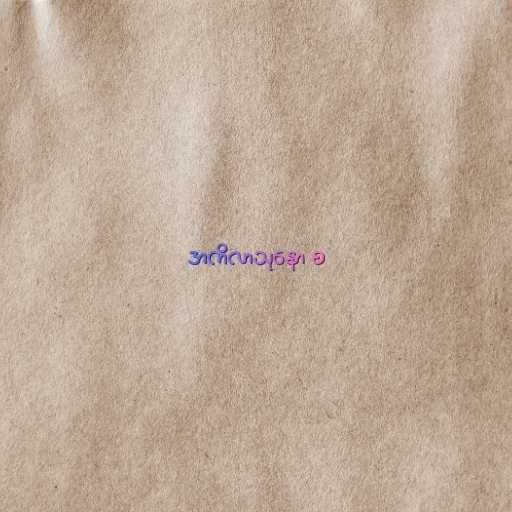
အကိလာသုနော စ